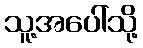
သူ့အပေါ်သို့